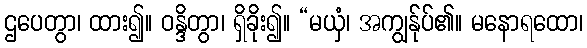
ဌပေတွာ၊ ထား၍။ ဝန္ဒိတွာ၊ ရှိခိုး၍။ “မယှံ၊ အကျွန်ုပ်၏။ မနောရထော၊